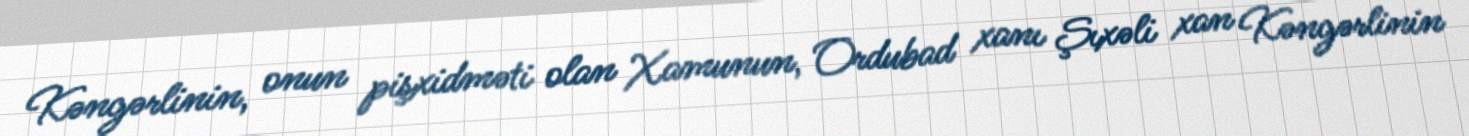
Kəngərlinin, onun pişxidməti olan Xamunun, Ordubad xanı Şıxəli xan Kəngərlinin